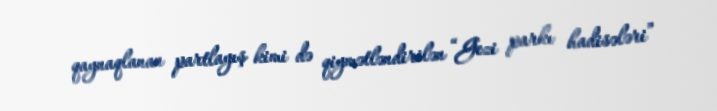
qaynaqlanan partlayış kimi də qiymətləndirilən “Gezi parkı hadisələri”